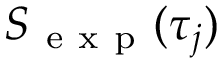
S _ { \mathrm { ~ e ~ x ~ p ~ } } ( \tau _ { j } )